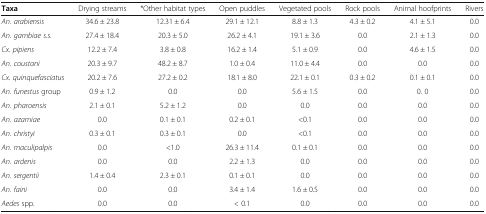
<table><thead><tr><td><b>Taxa</b></td><td><b>Drying streams</b></td><td><b>*Other habitat types</b></td><td><b>Open puddles</b></td><td><b>Vegetated pools</b></td><td><b>Rock pools</b></td><td><b>Animal hoofprints</b></td><td><b>Rivers</b></td></tr></thead><tbody><tr><td><i>An. arabiensis</i></td><td>34.6 ± 23.8</td><td>12.31 ± 6.4</td><td>29.1 ± 12.1</td><td>8.8 ± 1.3</td><td>4.3 ± 0.2</td><td>4.1 ± 5.1</td><td>0.0</td></tr><tr><td><i>An. gambiae s.s.</i></td><td>27.4 ± 18.4</td><td>20.3 ± 5.0</td><td>26.2 ± 4.1</td><td>19.1 ± 3.6</td><td>0.0</td><td>2.1 ± 1.3</td><td>0.0</td></tr><tr><td><i>Cx. pipiens</i></td><td>12.2 ± 7.4</td><td>3.8 ± 0.8</td><td>16.2 ± 1.4</td><td>5.1 ± 0.9</td><td>0.0</td><td>4.6 ± 1.5</td><td>0.0</td></tr><tr><td><i>An. coustani</i></td><td>20.3 ± 9.7</td><td>48.2 ± 8.7</td><td>1.0 ± 0.4</td><td>11.0 ± 4.4</td><td>0.0</td><td>0.0</td><td>0.0</td></tr><tr><td><i>Cx. quinquefasciatus</i></td><td>20.2 ± 7.6</td><td>27.2 ± 0.2</td><td>18.1 ± 8.0</td><td>22.1 ± 0.1</td><td>0.3 ± 0.2</td><td>0.1 ± 0.1</td><td>0.0</td></tr><tr><td><i>An. funestus</i> group</td><td>0.9 ± 1.2</td><td>0.0</td><td>0.0</td><td>5.6 ± 1.5</td><td>0.0</td><td>0. 0</td><td>0.0</td></tr><tr><td><i>An. pharoensis</i></td><td>2.1 ± 0.1</td><td>5.2 ± 1.2</td><td>0.0</td><td>0.0</td><td>0.0</td><td>0.0</td><td>0.0</td></tr><tr><td><i>An. azamiae</i></td><td>0.0</td><td>0.1 ± 0.1</td><td>0.2 ± 0.1</td><td>&lt;0.1</td><td>0.0</td><td>0.0</td><td>0.0</td></tr><tr><td><i>An. christyi</i></td><td>0.3 ± 0.1</td><td>0.3 ± 0.1</td><td>0.0</td><td>&lt;0.1</td><td>0.0</td><td>0.0</td><td>0.0</td></tr><tr><td><i>An. maculipalpis</i></td><td>0.0</td><td>&lt;1.0</td><td>26.3 ± 11.4</td><td>0.1 ± 0.1</td><td>0.0</td><td>0.0</td><td>0.0</td></tr><tr><td><i>An. ardenis</i></td><td>0.0</td><td>0.0</td><td>2.2 ± 1.3</td><td>0.0</td><td>0.0</td><td>0.0</td><td>0.0</td></tr><tr><td><i>An. sergentii</i></td><td>1.4 ± 0.4</td><td>2.3 ± 0.1</td><td>0.1 ± 0.1</td><td>0.0</td><td>0.0</td><td>0.0</td><td>0.0</td></tr><tr><td><i>An. faini</i></td><td>0.0</td><td>0.0</td><td>3.4 ± 1.4</td><td>1.6 ± 0.5</td><td>0.0</td><td>0.0</td><td>0.0</td></tr><tr><td><i>Aedes</i> spp<i>.</i></td><td>0.0</td><td>0.0</td><td>&lt; 0.1</td><td>0.0</td><td>0.0</td><td>0.0</td><td>0.0</td></tr></tbody></table>